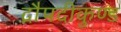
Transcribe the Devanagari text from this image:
द्रौपदीकुण्ड